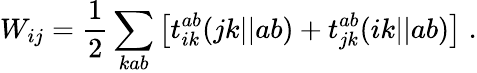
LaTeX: W_{ij}=\frac{1}{2}\sum_{kab}\left[t_{ik}^{ab}(jk||ab)+t_{jk}^{ab}(ik||ab)\right]\; .